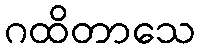
ဂထိတာသေ